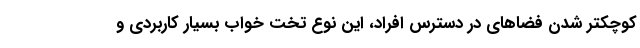
کوچکتر شدن فضاهای در دسترس افراد، این نوع تخت خواب بسیار کاربردی و